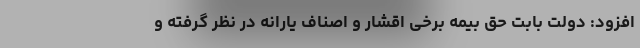
افزود: دولت بابت حق بیمه برخی اقشار و اصناف یارانه در نظر گرفته و